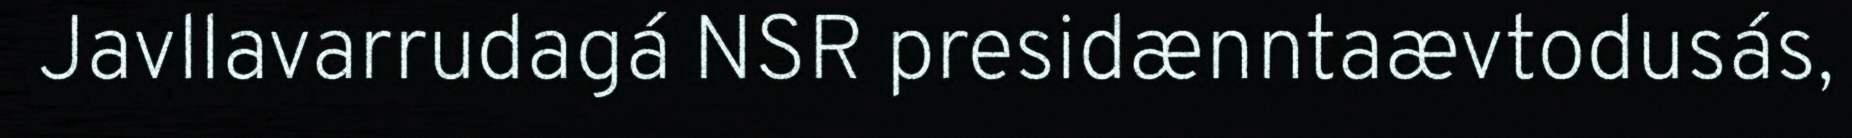
Javllavarrudagá NSR presidænntaævtodusás,